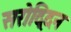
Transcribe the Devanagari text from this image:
सरोद्दिन